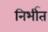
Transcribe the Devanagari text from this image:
निर्भीत